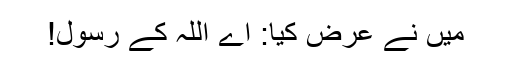
میں نے عرض کیا: اے اللہ کے رسول!